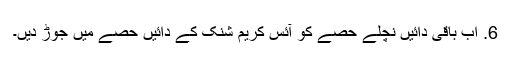
6. اب باقی دائیں نچلے حصے کو آئس کریم شنک کے دائیں حصے میں جوڑ دیں۔